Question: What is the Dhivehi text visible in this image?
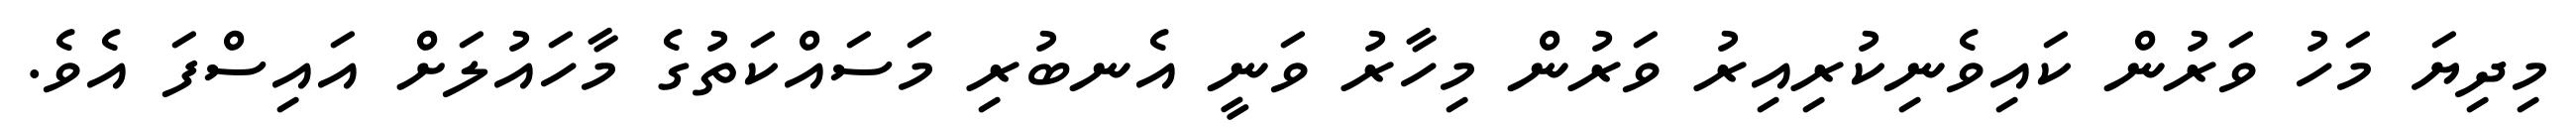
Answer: މިދިޔަ މަހު ވަރުން ކައިވެނިކުރިއިރު ވަރުން މިހާރު ވަނީ އެނބުރި މަސައްކަތުގެ މާހައުލަށް އައިސްފަ އެވެ.